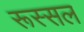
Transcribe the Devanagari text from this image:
रूस्सल